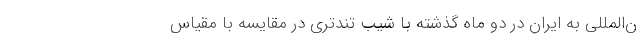
ن‌المللی به ایران در دو ماه گذشته با شیب تندتری در مقایسه با مقیاس